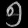
Digit: ၅